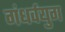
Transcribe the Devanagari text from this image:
गंधर्वयुग